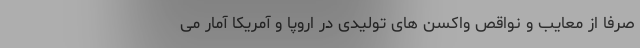
صرفاً از معایب و نواقص واکسن های تولیدی در اروپا و آمریکا آمار می